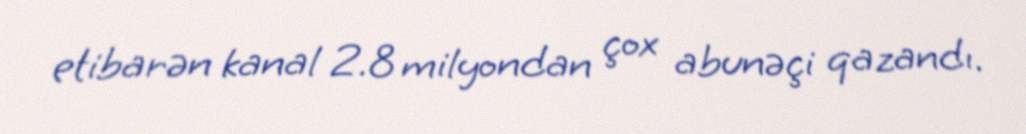
etibarən kanal 2.8 milyondan çox abunəçi qazandı.